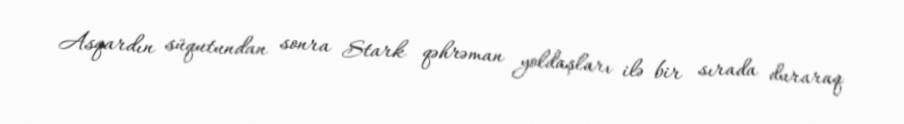
Asqardın süqutundan sonra Stark qəhrəman yoldaşları ilə bir sırada duraraq